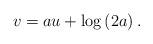
LaTeX: \begin{align*} v= au + \log\left( 2a \right).\end{align*}